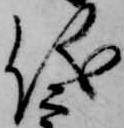
儀